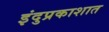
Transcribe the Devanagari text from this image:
इंदुप्रकाशात